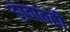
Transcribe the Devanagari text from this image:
डावातही